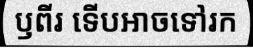
ឫពីរ ទើបអាចទៅរក